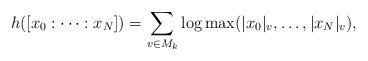
\begin{align*}h([x_0:\cdots :x_N]) = \sum_{v\in M_k} \log \max (|x_0|_v,\ldots,|x_N|_v),\end{align*}